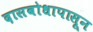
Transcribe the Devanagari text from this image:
दासबोधापासून